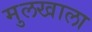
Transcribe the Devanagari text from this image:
मुलखाला